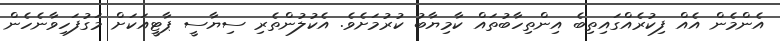
އެންމެން އެއް ފިކުރެއްގައިތިބެ އިންތިހާބުތައް ކާމިޔާބު ކުރުމަށެވެ. އެކުލުންތެރި ސިޔާސީ ޕާޓީއަކަށް މަގުފަހިވާނެހެން